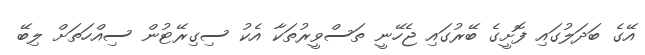
އޭގެ ބަދަލުގައި ފޮށީގެ ބޭރުގައި ޖެހޭނީ ތަސްވީރުތަކާ އެކު ސިގިރޭޓުން ސިއްހަތަށް ލިބޭ